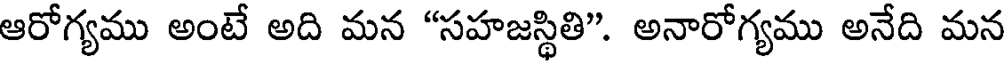
ఆరోగ్యము అంటే అది మన "సహజస్థితి". అనారోగ్యము అనేది మన